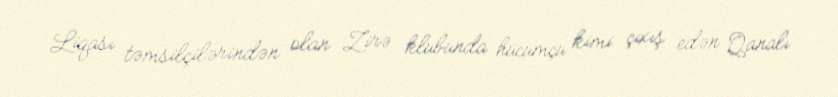
Liqası təmsilçilərindən olan Zirə klubunda hücumçu kimi çıxış edən Qanalı